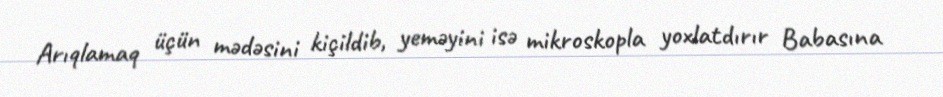
Arıqlamaq üçün mədəsini kiçildib, yeməyini isə mikroskopla yoxlatdırır Babasına